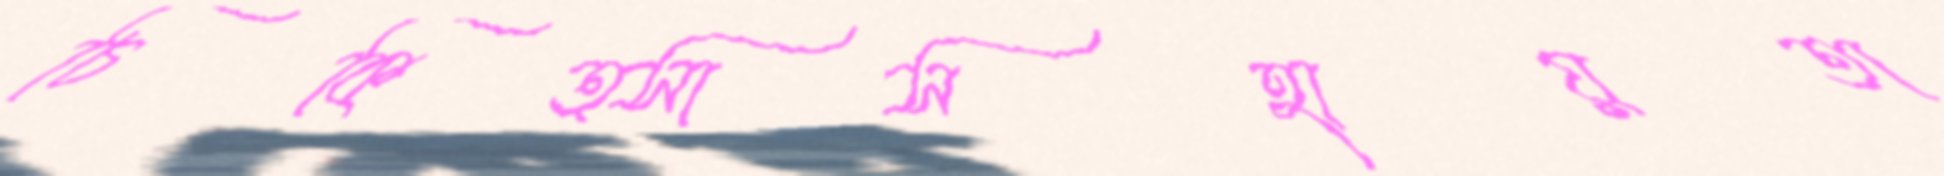
চিকিত্সাসহায়তা